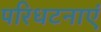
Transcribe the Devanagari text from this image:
परिधटनाएं